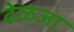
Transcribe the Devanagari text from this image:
ढेळजा